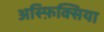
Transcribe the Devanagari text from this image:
अस्फ़िक्सिया